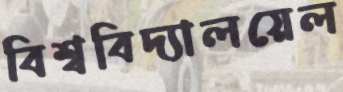
বিশ্ববিদ্যালয়েল